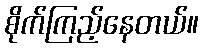
စိုက်ကြည့်နေတယ်။